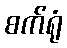
စက်ရုံ